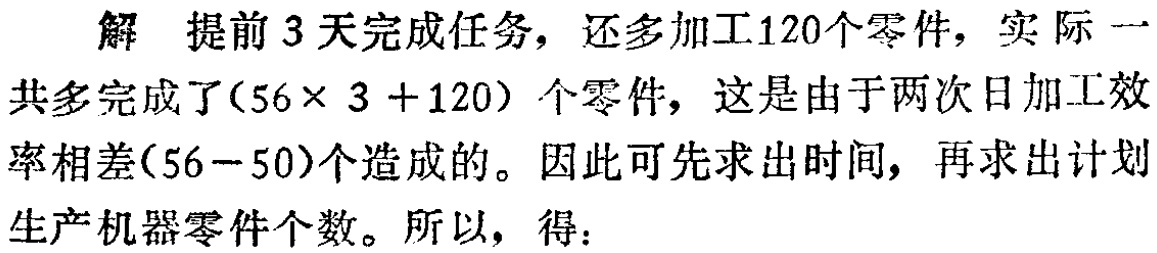
解 提前 3 天完成任务，还多加工120个零件，实际一共多完成了\((56\times 3 + 120)\)个零件，这是由于两次日加工效率相差\((56 - 50)\)个造成的。因此可先求出时间，再求出计划生产机器零件个数。所以，得：